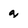
Character: g